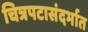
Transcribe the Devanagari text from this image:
चित्रपटासंदर्भात